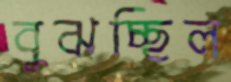
বুঝচ্ছিল